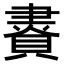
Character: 𧷇